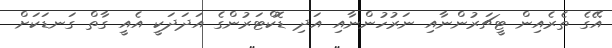
އޭގެ ތެރެއިން ޓީޗަރުންނާއި ނަރުހުންނާއި އަދި ޑޮކްޓަރުންގެ އަދަދަކީ އެއީ ގާތް ގަނޑަކަށް